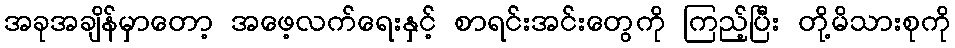
အခုအချိန်မှာတော့ အဖေ့လက်ရေးနှင့် စာရင်းအင်းတွေကို ကြည့်ပြီး တို့မိသားစုကို